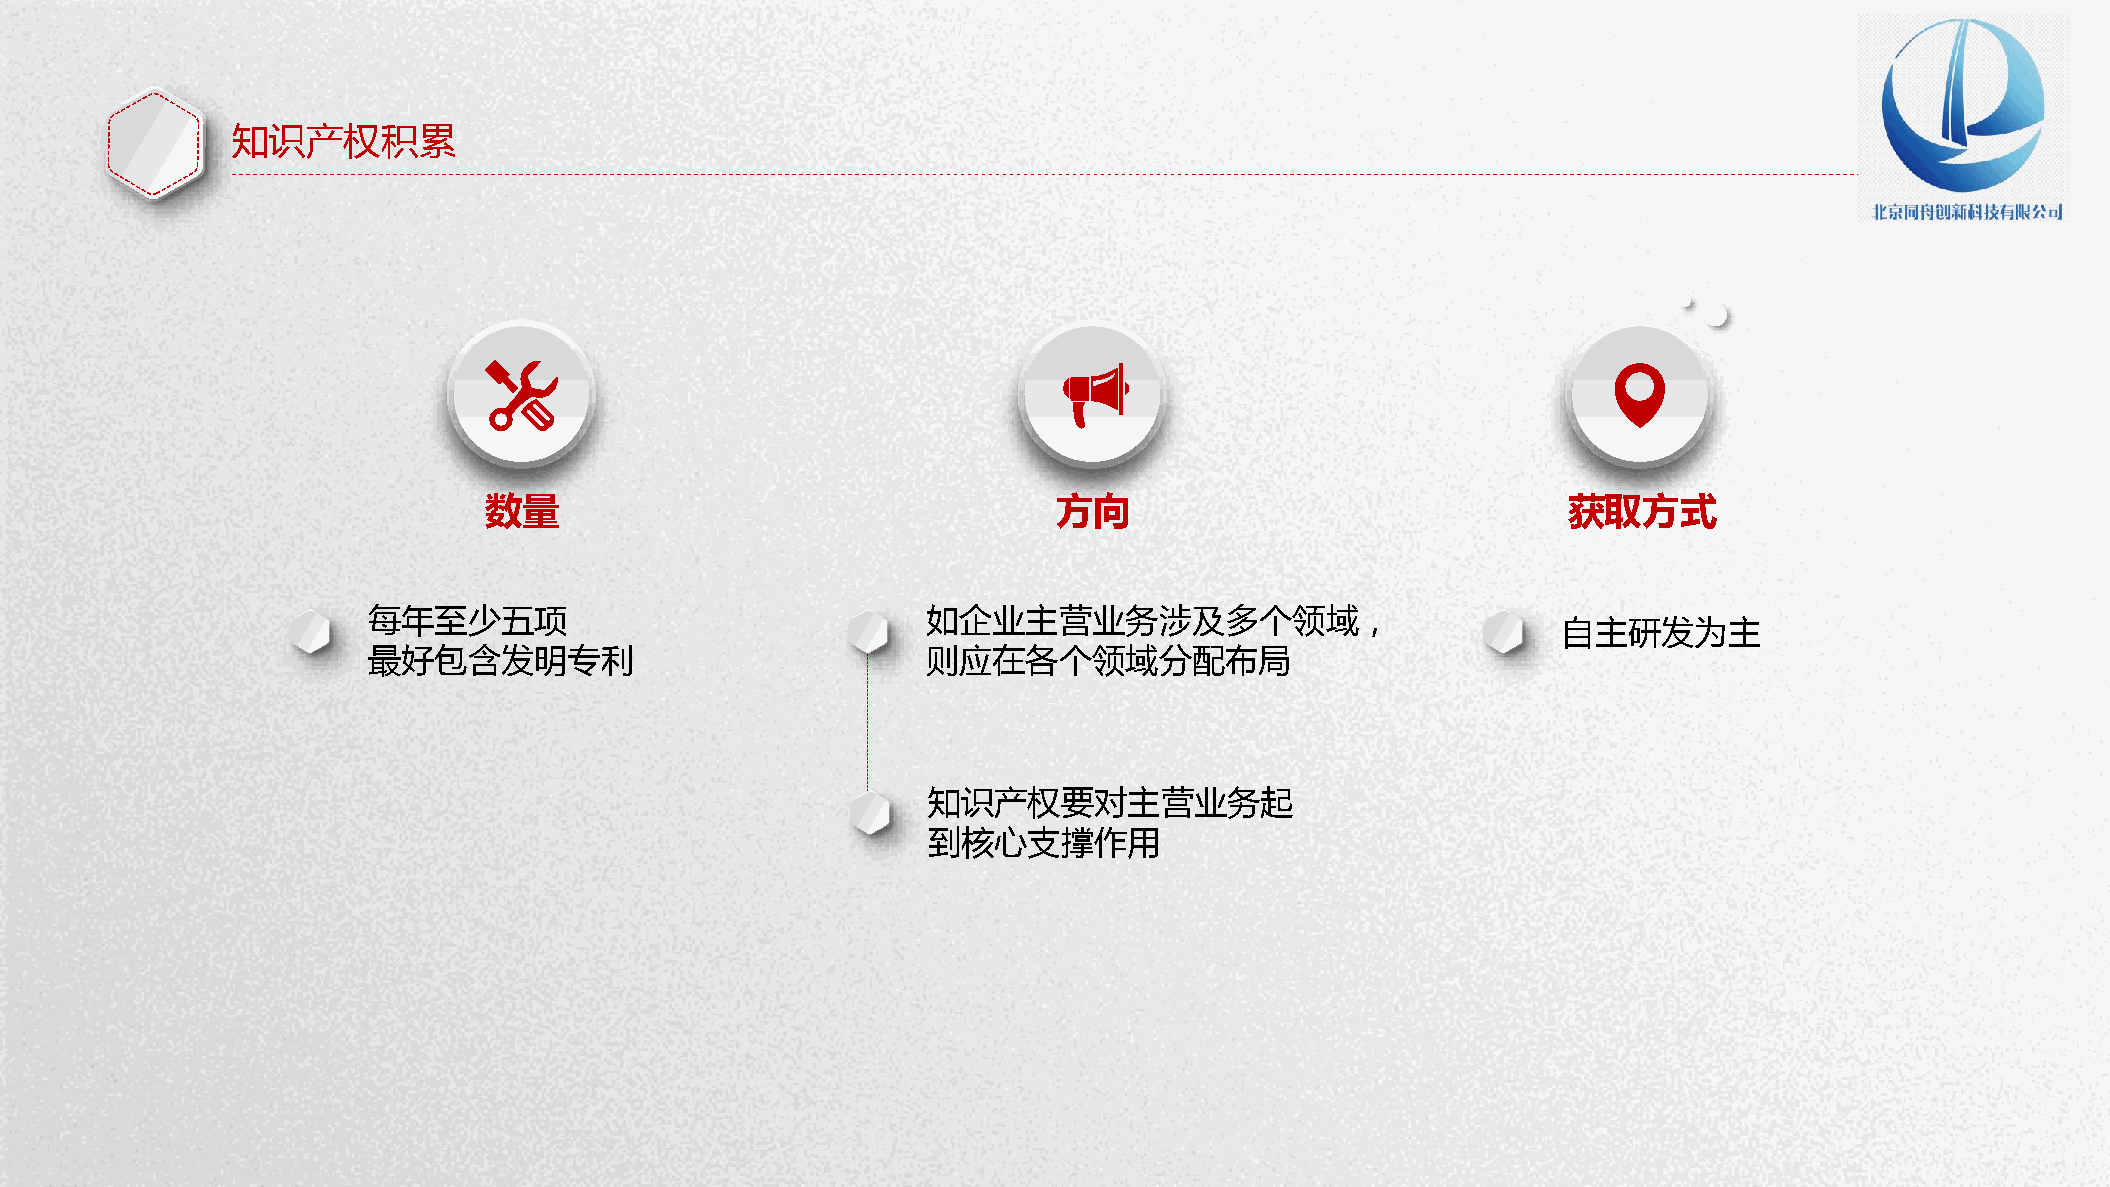
知识产权积累
 数量                                    方向                                获取方式
 每年至少五项                               如企业主营业务涉及多个领域，
 自主研发为主
 最好包含发明专利                             则应在各个领域分配布局
 知识产权要对主营业务起
 到核心支撑作用
 P节P优W资范教字PPo日秀料文案体TTr模背d下下下下PP教板景PP载载载载TT程下模图下：：：：：载板片载wwww：：：： wwwwwwwwwwwwww....wwwww1111.ppppwwww1pppp....ptttt1111p....ppppcccctoooopppp.cmmmmtttto....ccccm////oooozfjziammmmi i/ al tnwioia//// /waomjbxoii ne ere /ao dr n/izjb i /ia //n a i /gn / / 行 PP P PEPP 试P业 PxTTT cT图教 卷e素P 课lP 教下表程材T 件模 程下： 载下 下板 ：载 ：载w载： w： ww： ：www www wwww .ww1.w.w p1w 1wppw. p.1.tpp1 .1.p t1p tcp .p o .ppcp ct mopot.t.mtc. m/c .ocopco /m /omoem smxw h/// ch it /e ts eau kiurl/nb e/pc g jiaoa iy ai io/ ne n// t/ /